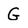
Character: G